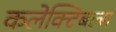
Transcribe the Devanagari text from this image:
कलेक्टिबल्स